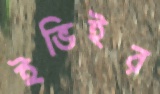
ইভিইর